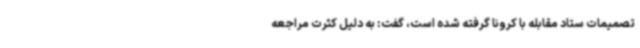
تصمیمات ستاد مقابله با کرونا گرفته شده است، گفت: به دلیل کثرت مراجعه